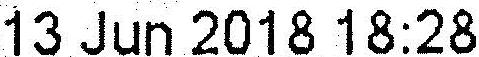
13 JUN 2018 18:28